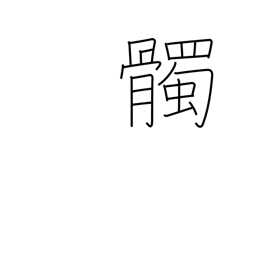
Meaning: skull